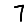
Digit: 7